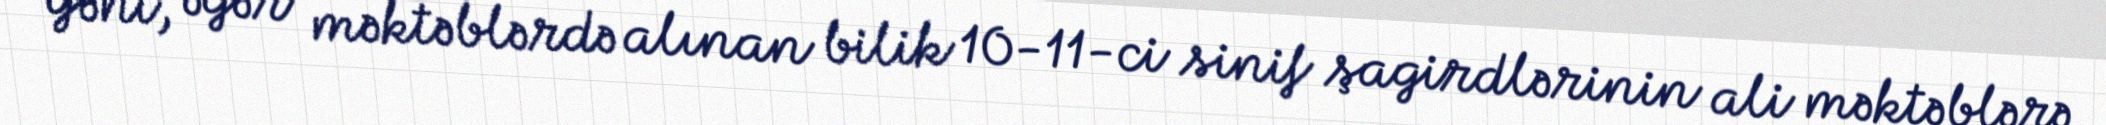
Yəni, əgər məktəblərdə alınan bilik 10-11-ci sinif şagirdlərinin ali məktəblərə